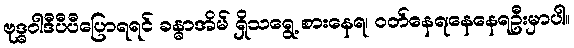
ဗုဒ္ဓဝါဒီပီပီပြောရရင် ခန္ဓာအိမ် ရှိသရွေ့ စားနေရ၊ ဝတ်နေရ၊နေနေရဦးမှာပါ။